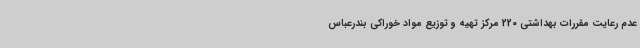
عدم رعایت مقررات بهداشتی 220 مرکز تهیه و توزیع مواد خوراکی بندرعباس